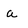
Character: a